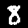
Digit: 8